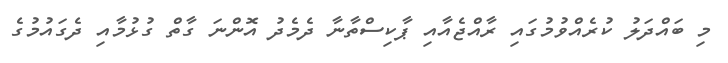
މި ބައްދަލު ކުރެއްވުމުގައި ރާއްޖެއާއި ޕާކިސްތާނާ ދެމެދު އޮންނަ ގާތް ގުޅުމާއި ދެގައުމުގެ